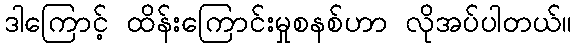
ဒါကြောင့် ထိန်းကြောင်းမှုစနစ်ဟာ လိုအပ်ပါတယ်။